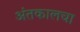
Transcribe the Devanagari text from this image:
अंतकालचा